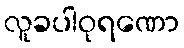
လူခပါဝုရဏော